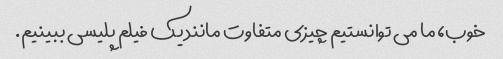
خوب، ما می توانستیم چیزی متفاوت مانند یک فیلم پلیسی ببینیم.